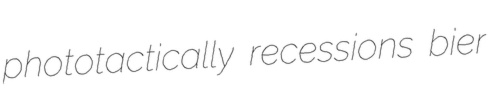
phototactically recessions bier